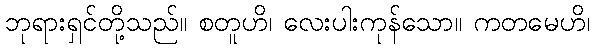
ဘုရားရှင်တို့သည်။ စတူဟိ၊ လေးပါးကုန်သော။ ကတမေဟိ၊